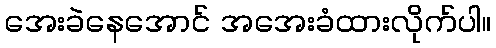
အေးခဲနေအောင် အအေးခံထားလိုက်ပါ။